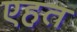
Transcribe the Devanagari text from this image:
एहत